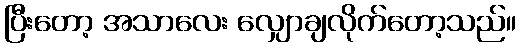
ပြီးတော့ အသာလေး လျှောချလိုက်တော့သည်။